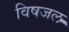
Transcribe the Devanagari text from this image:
विषजल